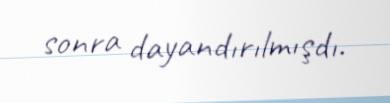
sonra dayandırılmışdı.